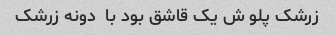
زرشک پلو ش یک قاشق بود با  دونه زرشک